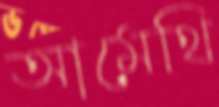
আমেথি